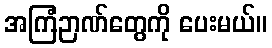
အကြံဉာဏ်တွေကို ပေးမယ်။